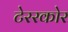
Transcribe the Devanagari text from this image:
टेररकोर